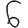
Digit: 6